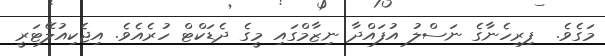
މަގެވެ.  ފިރިހެނާގެ ނަސްލު އުފައްދާ ނިޒާމްގައި މީގެ ދެޑަކްޓް ހުރެއެވެ. އިޖެކިއުލޭޓަރީ